King Institute of Preventive Medicine Bacteriolog. Section reports 1907-08
Year: 1907
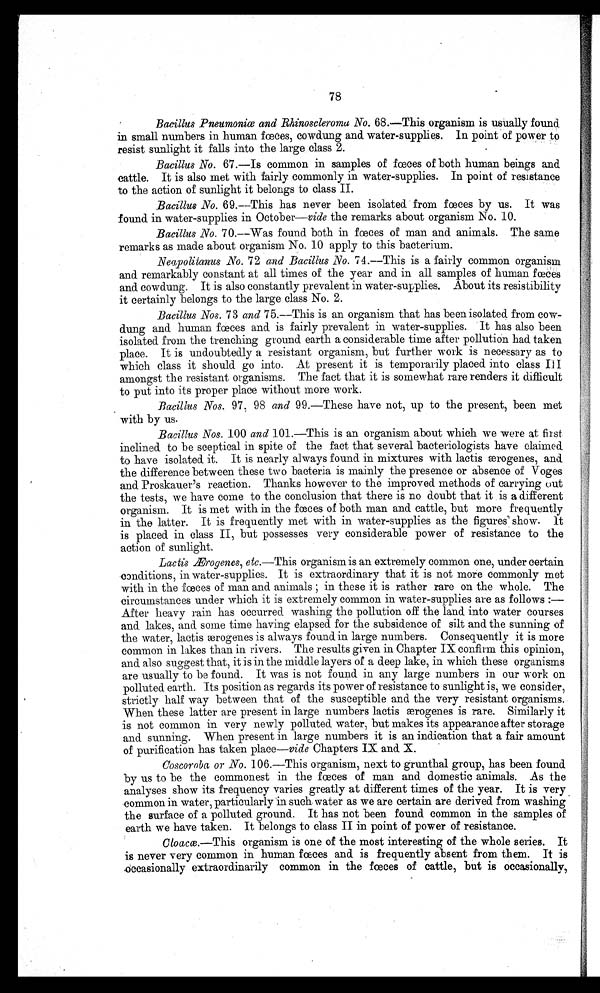
78
Bacillus Pneumoniœ and Rhinoscleroma No. 68.—This organism is usually found
in small numbers in human fæces, cowdung and water-supplies. In point of power to
resist sunlight it falls into the large class 2.
Bacillus No. 67.—Is common in samples of fœes of both human beings and
cattle. It is also met with fairly commonly in water-supplies. In point of resistance
to the action of sunlight it belongs to class II.
Bacillus No. 69.—This has never been isolated from fœes by us. It was
found in water-supplies in October—vide the remarks about organism No. 10.
Bacillus No. 70.—Was found both in fœes of man and animals. The same
remarks as made about organism No. 10 apply to this bacterium.
Neapolitans No. 72 and Bacillus No. 74.—This is a fairly common organism
and remarkably constant at all times of the year and in all samples of human fœces
and cowdung. It is also constantly prevalent in water-supplies. About its resistibility
it certainly belongs to the large class No. 2.
Bacillus Nos. 73 and 75.---This is an organism that has been isolated.from cow-
dung and human fœces and is fairly prevalent in water-supplies. It has also been
isolated from the trenching ground earth a considerable time after pollution had taken
place. It is undoubtedly a resistant organism, but further work is necessary as to
which class it should go into. At present it is temporarily placed into class III
amongst the resistant organisms. The fact that it is somewhat rare renders it difficult
to put into its proper place without more work.
Bacillus Nos. 97, 98 and 99.—These have not, up to the present, been met
with by us.
Bacillus Nos. 100 and 101.—This is an organism about which we were at first
inclined to be sceptical in spite of the fact that several bacteriologists have claimed
to have isolated it. It is nearly always found in mixtures with lactis æ rogenes, and.
the difference between these two bacteria is mainly the presence or absence of Voges
and Proskauer's reaction. Thanks however to the improved methods of carrying out
the tests, we have come to the conclusion that there is no doubt that it is a different
organism. It is met with in the fœces of both man and cattle, but more frequently
in the latter. It is frequently met with in water-supplies as the figures show. It
is placed. in class II, but possesses very considerable power of resistance to the
action of sunlight.
Lactis Ærogenes etc.—This organism is an extremely common one, under certain
conditions, in water-supplies. It is extraordinary that it is not more commonly met
with in the fœces of man and animals; in these it is rather rare on the whole. The
circumstances under which it is extremely common in water-supplies are as follows :-
After heavy rain has occurred washing the pollution off the land into water courses
and lakes, and. some time having elapsed. for the subsidence of silt and the sunning of
t he wat er , l act i s ær ogenes i s al ways f ound. i n l ar ge number s. Consequent l y i t i s mor e
common in lakes than in rivers. The results given in Chapter IX confirm this opinion,
and also suggest that, it is in the middle layers of a deep lake, in which these organisms
are usually to be found. It was is not found in any large numbers in our work on
polluted earth. Its position as regards its power of resistance to sunlight is, we consider,
strictly half way between that of the susceptible and the very resistant organisms.
When these latter are present in large numbers lactis ærogenes is rare. Similarly it
is not common in very newly polluted. water, but makes its appearance after storage
and. sunning. When present in large numbers it is an indication that a fair amount
of purification has taken place—vide Chapters IX and X.
Coscoroba or No. 106.—This organism, next to grunthal group, has been found
by us to be the commonest in the fœces of man and. domestic animals. As the
analyses show its frequency varies greatly at different times of the year. It is very
common in water, particularly in such. water as we are certain are derived from washing
the surface of a polluted ground. It has not been found common in the samples of
earth we have taken. It belongs to class II in point of power of
r e s i s t a n c e .
Cloacœ—This organism is one of the most interesting of the whole series. It
is never very common in human fœces and is frequently absent from them. It is
occasionally extraordinarily common in the fœces of cattle, but is occasionally,